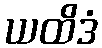
ယထိဒံ